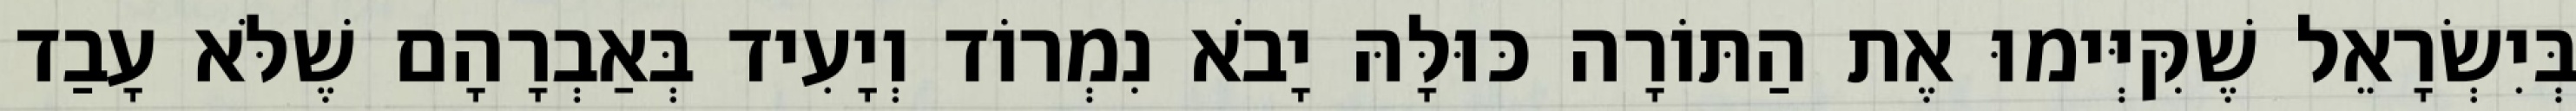
בְּיִשְׂרָאֵל שֶׁקִּיְּימוּ אֶת הַתּוֹרָה כּוּלָּהּ יָבֹא נִמְרוֹד וְיָעִיד בְּאַבְרָהָם שֶׁלֹּא עָבַד